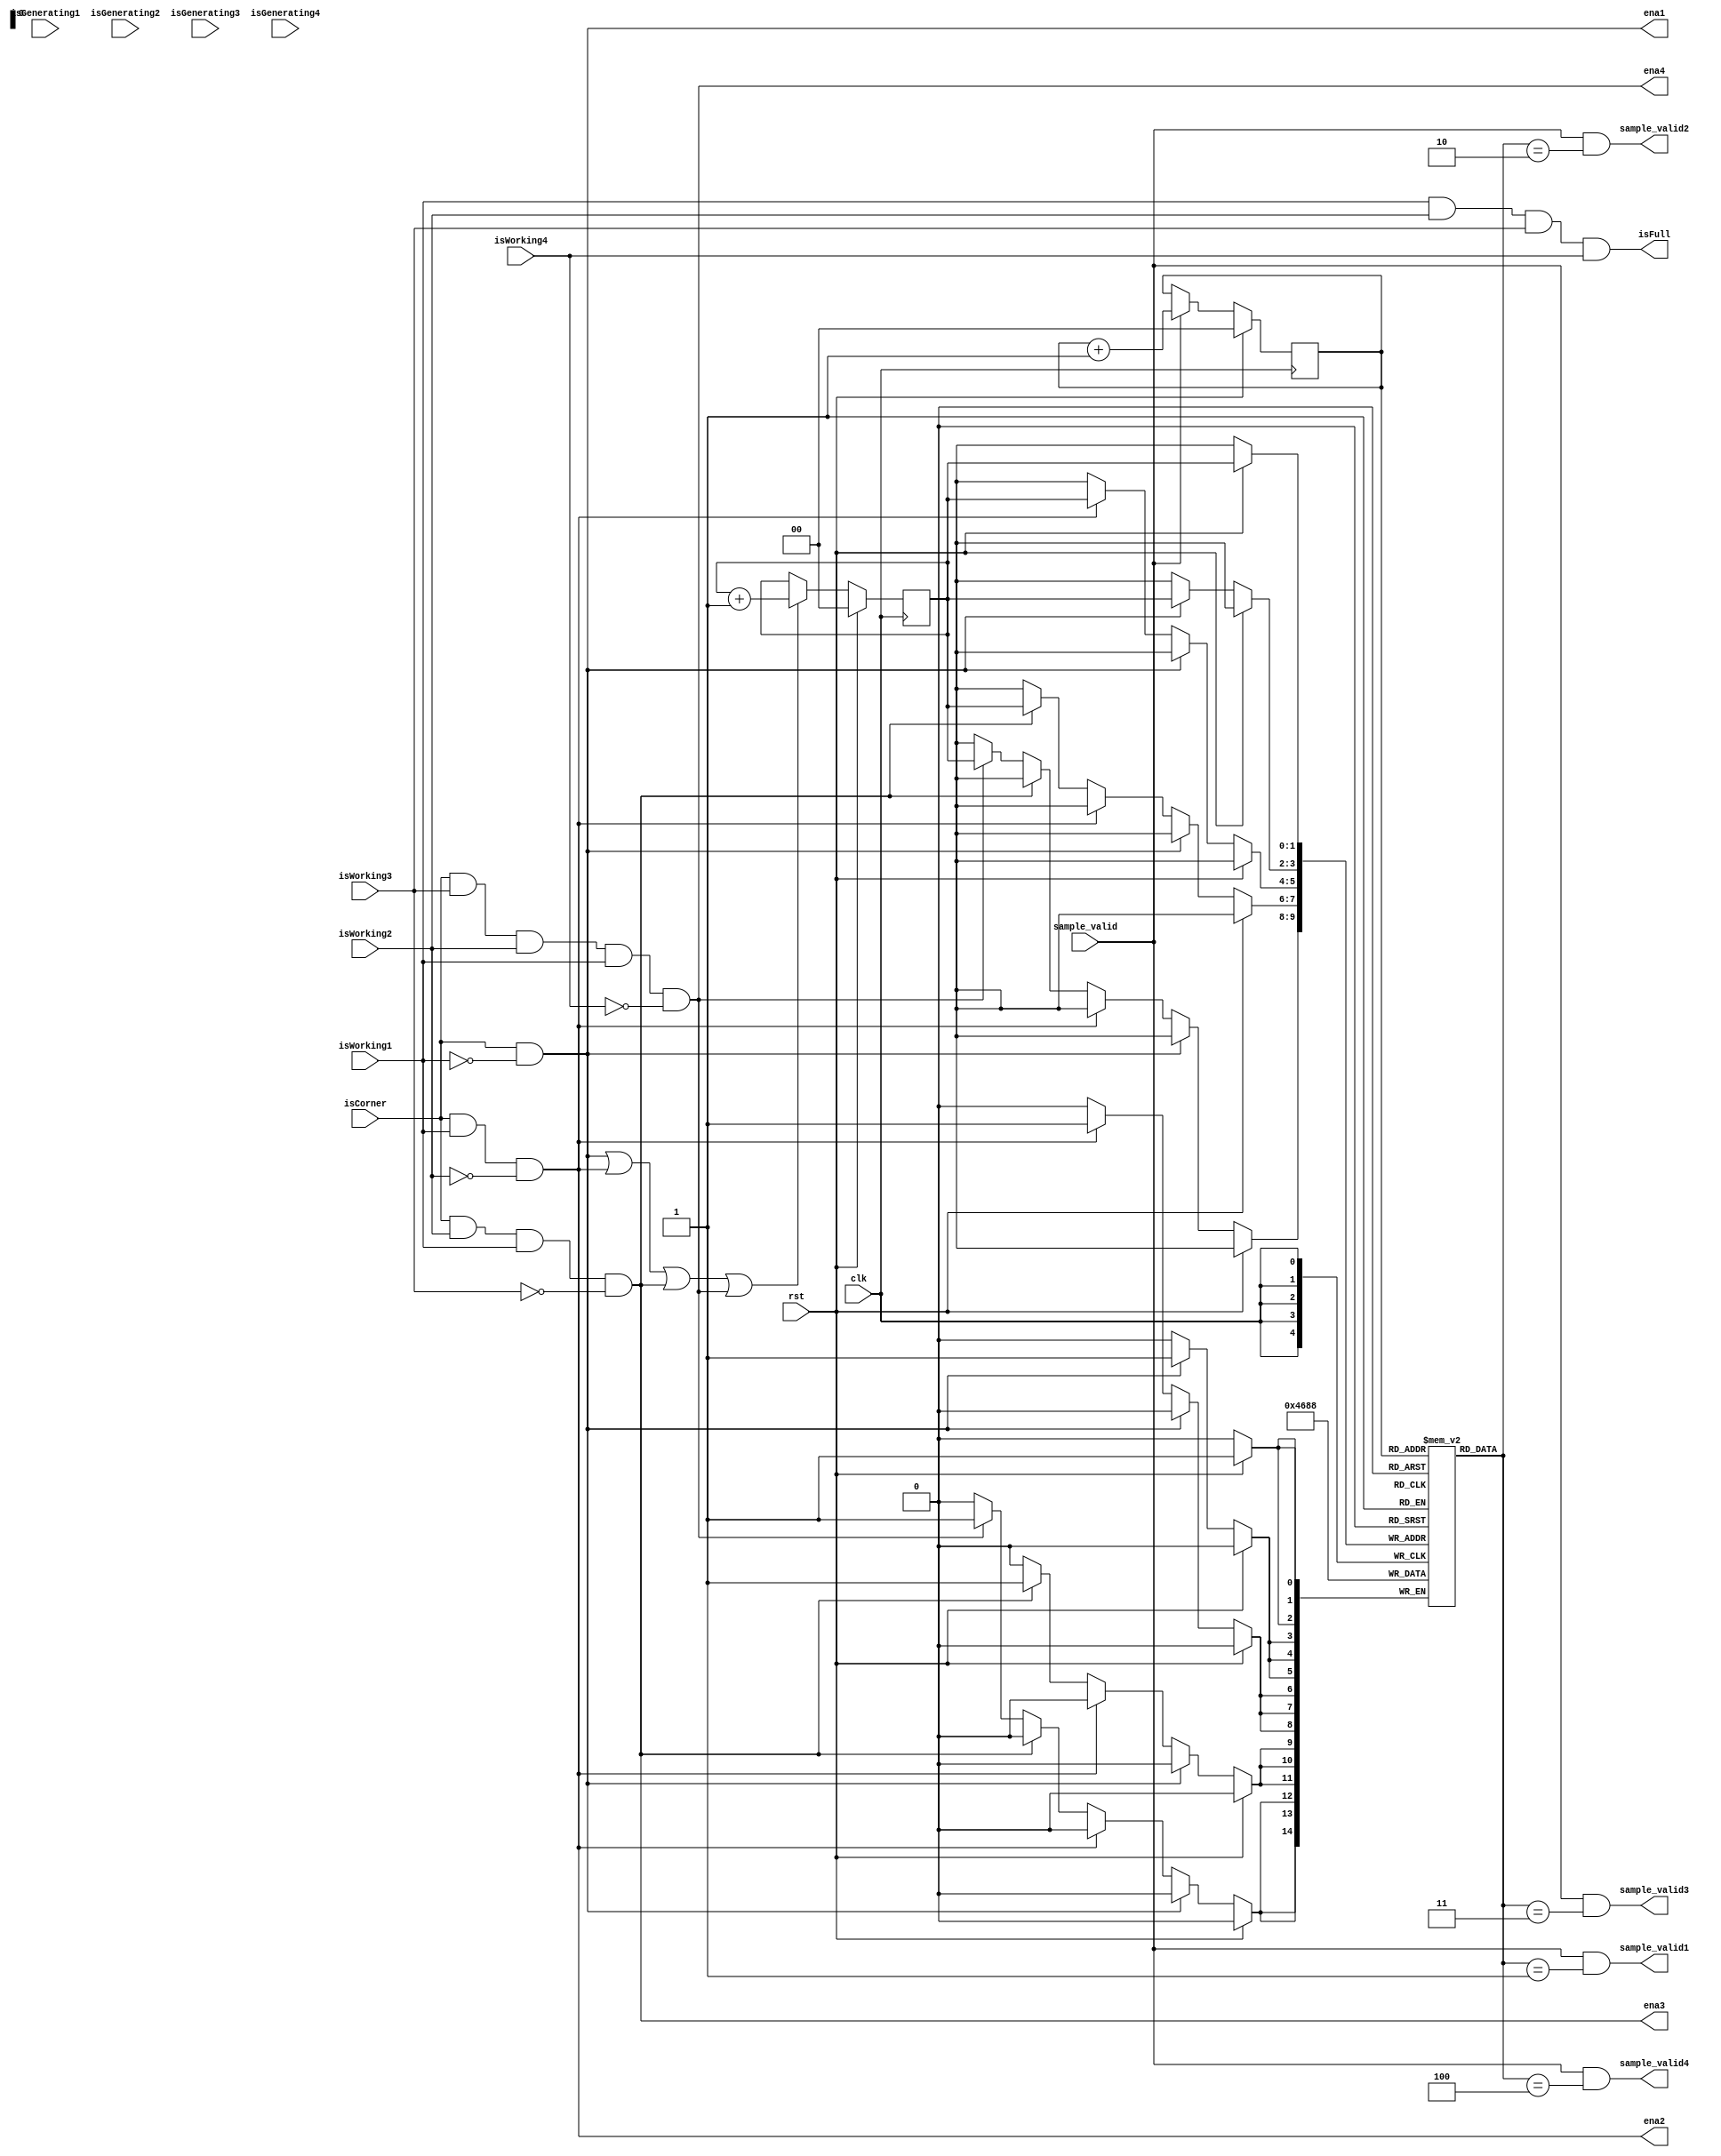
module Generator_Controller(clk, rst, isCorner, sample_valid, isWorking1, isGenerating1, isWorking2, isGenerating2,
			isWorking3, isGenerating3, isWorking4, isGenerating4, ena1, ena2, ena3, ena4,
			sample_valid1, sample_valid2, sample_valid3, sample_valid4, isFull);

input isCorner;
input sample_valid;
input clk, rst;

input isWorking1, isGenerating1, isWorking2, isGenerating2, isWorking3, isGenerating3, isWorking4, isGenerating4;
output ena1, ena2, ena3, ena4;
output sample_valid1, sample_valid2, sample_valid3, sample_valid4;
output isFull;

assign ena1 = isCorner & (~isWorking1);
assign ena2 = isCorner & isWorking1 & (~isWorking2);
assign ena3 = isCorner & isWorking2 & isWorking1 & (~isWorking3);
assign ena4 = isCorner & isWorking3 & isWorking2 & isWorking1 & (~isWorking4);


assign isFull = isWorking1 & isWorking2 & isWorking3 & isWorking4;

reg [2:0] x [0:3];
reg [1:0] c_corner;
reg [1:0] c_sample;

assign sample_valid1 = sample_valid & (x[c_sample] == 1);
assign sample_valid2 = sample_valid & (x[c_sample] == 2);
assign sample_valid3 = sample_valid & (x[c_sample] == 3);
assign sample_valid4 = sample_valid & (x[c_sample] == 4);

always @(posedge clk) begin
    if (rst) c_corner <= 0;
    else if (ena1 | ena2 | ena3 | ena4) c_corner <= c_corner + 1;
end

always @(posedge clk) begin
    if (rst) x[c_corner] <= 0;	
    else if (ena1) x[c_corner] <= 1;
    else if (ena2) x[c_corner] <= 2;
    else if (ena3) x[c_corner] <= 3;
    else if (ena4) x[c_corner] <= 4;
end

always @(posedge clk) begin
    if (rst) c_sample <= 0;
    else if (sample_valid) c_sample <= c_sample + 1;
end


endmodule